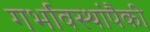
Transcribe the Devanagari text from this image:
गर्भावस्थांपैकी